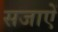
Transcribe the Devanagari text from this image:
सजाएें